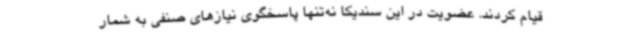
قیام کردند. عضویت در این سندیکا نه‌تنها پاسخگوی نیازهای صنفی به‌ شمار